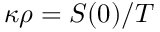
\kappa \rho = S ( 0 ) / T